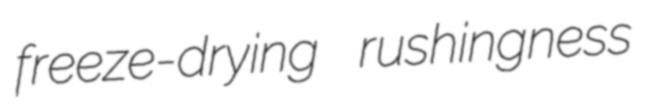
freeze-drying rushingness